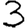
Digit: 3